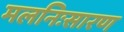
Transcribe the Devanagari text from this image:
मलनिःसारण